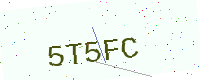
Text: 5T5FC